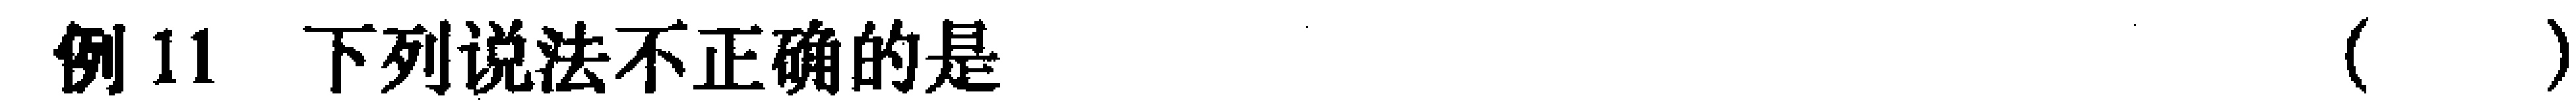
例11 下列说法不正确的是（  ）